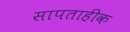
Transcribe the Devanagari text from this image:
सापताहीक